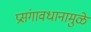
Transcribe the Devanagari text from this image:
प्रसंगावधानामुळे